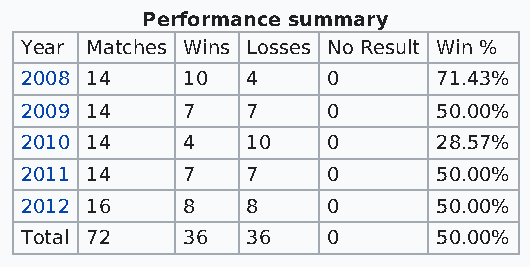
Performance summary
 Year Matches Wins Losses No Result Win %
 2008 14    10  4     0      71.43%
 2009 14    7   7     0      50.00%
 2010 14    4   10    0      28.57%
 2011 14    7   7     0      50.00%
 2012 16    8   8     0      50.00%
 Total 72   36  36    0      50.00%